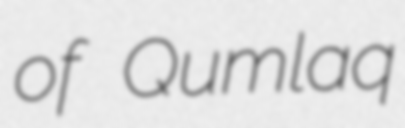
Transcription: of Qumlaq